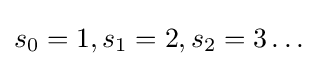
s_{0}=1,s_{1}=2,s_{2}=3\dots